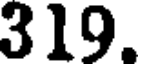
319.